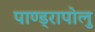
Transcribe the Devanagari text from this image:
पाण्ड्रापोलु